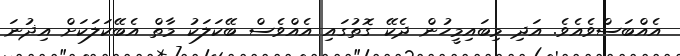
އެއްބަސްވެއެވެ. އަދި މިބައިމީހުން ދެކޭ ގޮތުގައި އެއްވެސް ބޭކަލަކު މާތް އެބޭކަލަކަށް އިޛުނަ